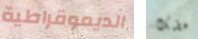
الديموقراطية خطبك